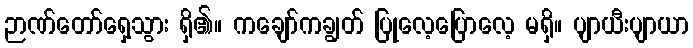
ဉာဏ်တော်ရှေ့သွား ရှိ၏။ ကချော်ကချွတ် ပြုလေ့ပြောလေ့ မရှိ။ ပျာယီးပျာယာ